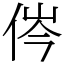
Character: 侺